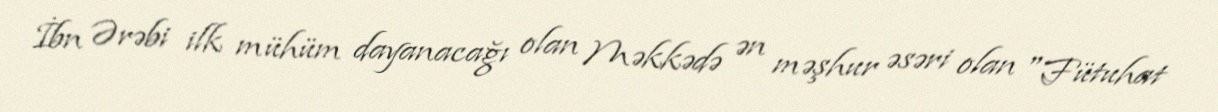
İbn Ərəbi ilk mühüm dayanacağı olan Məkkədə ən məşhur əsəri olan "Fütuhat